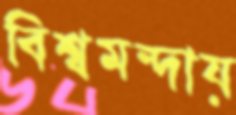
বিশ্বমন্দায়